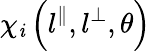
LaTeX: \chi_{\mathit{i}}\left(l^{\parallel},l^{\perp},\theta\right)